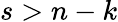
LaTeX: s>n-k